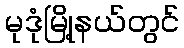
မုဒုံမြို့နယ်တွင်